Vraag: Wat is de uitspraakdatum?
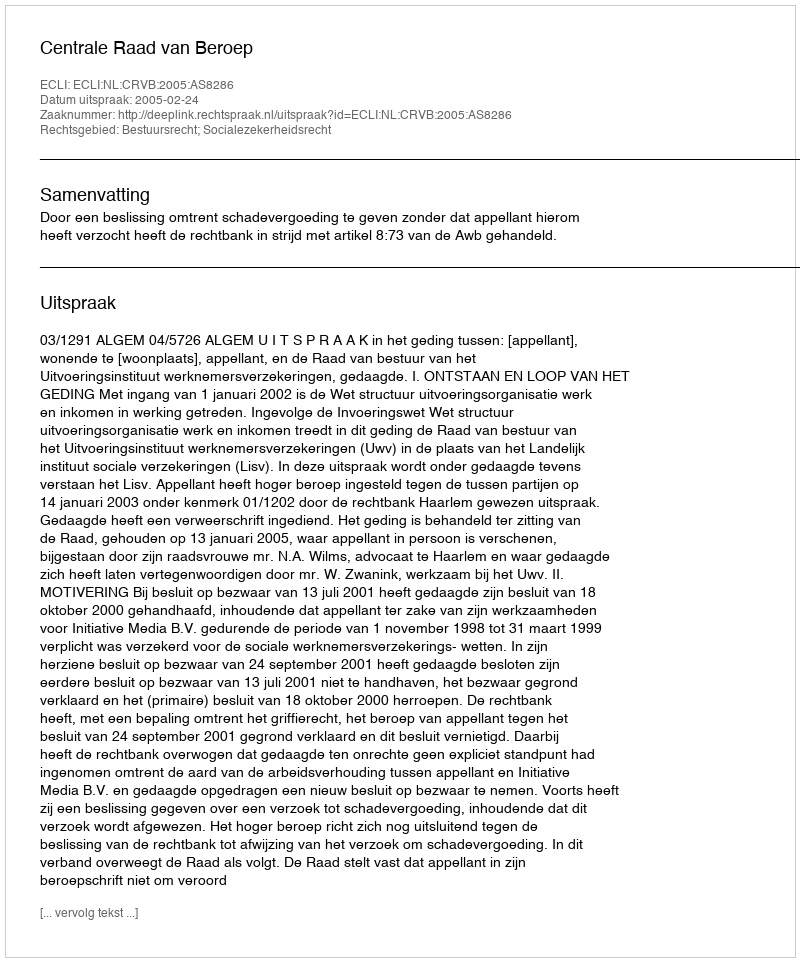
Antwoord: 2005-02-24